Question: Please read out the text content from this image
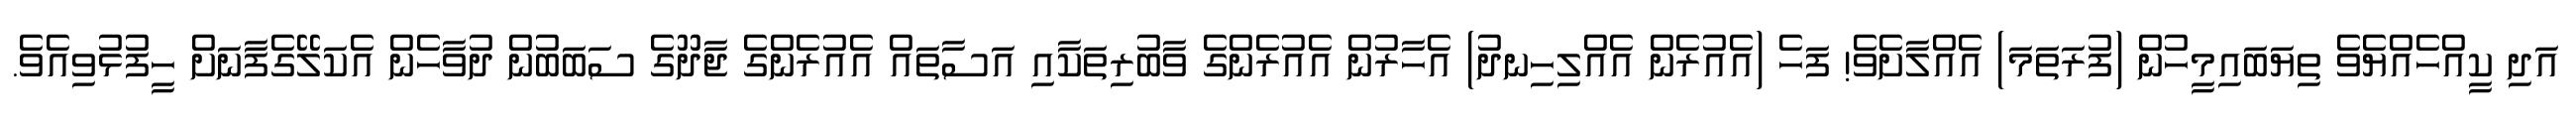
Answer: އަދި ކީއްހެއްޔެވެ ތިޔަބައިމީހުން (ފުރަތަމަ) އެއްލާށެވެ! ފަހެ (އެއުރެން އެއްލިހިނދު) އެހާރުން އެއުރެންގެ ވާބުރިތަކާއި އަސާތައް އެއުރެންގެ ޖާދޫގެ ސަބަބުން ދުވާހެން އެކަލޭގެފާނަށް ހީފުޅުވިއެވެ.